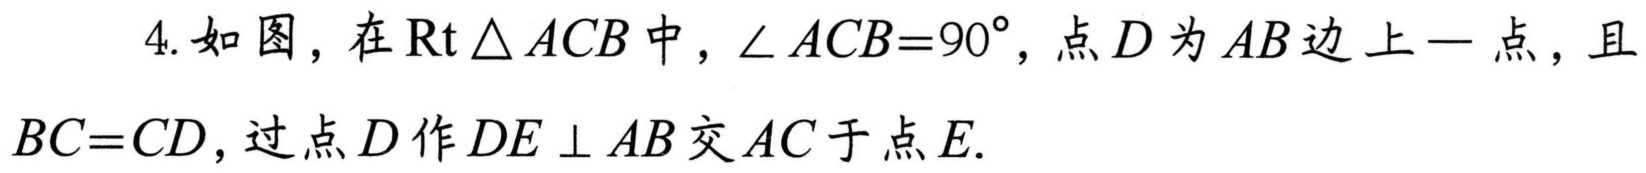
4. 如图，在\(\text{Rt}\triangle ACB\)中，\(\angle ACB = 90^{\circ}\)，点\(D\)为\(AB\)边上一点，且\(BC = CD\)，过点\(D\)作\(DE\perp AB\)交\(AC\)于点\(E\).